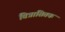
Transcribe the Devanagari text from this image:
वित्रासितक